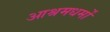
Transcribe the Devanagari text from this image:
आश्रमधर्मों